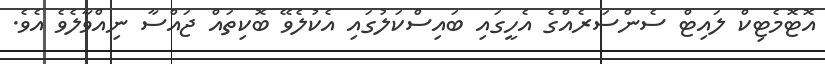
އޮޓޮމެޓިކް ލައިޓް ސެންސަރެއްގެ އެހީގައި ބައިސްކަލުގައި އެކުލެވޭ ބޮކިތައް ޖައްސާ ނިއްވާލެވެ އެވެ.